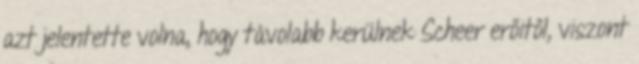
azt jelentette volna, hogy távolabb kerülnek Scheer erőitől, viszont